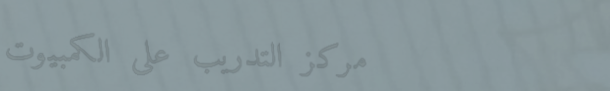
مركز التدريب على الكمبيوت